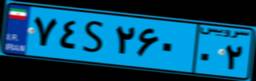
۷۴S۲۶۰۰۲